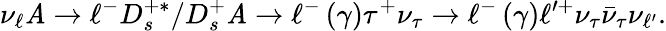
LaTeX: \nu_{\ell}\mathit{A}\rightarrow\ell^{-}D_{s}^{+\ast}/D_{s}^{+}\mathit{A}\rightarrow\ell^{-}\left(\gamma\right)\tau^{+}\nu_{\tau}\rightarrow\ell^{-}\left(\gamma\right)\ell^{\prime+}\nu_{\tau}\bar{{\nu}}_{\tau}\nu_{\ell^{\prime}}.